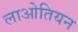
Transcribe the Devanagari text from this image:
लाओतियन